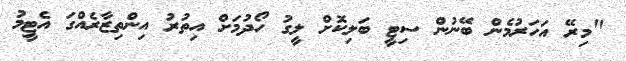
"މިރޭ އަހަރުމެން ބޭނުން ސިޓީ ބަލިކޮށް ލީގު ހޯދުމަށް އިތުރު އިންތިޒާރެއްގަ އެޓީމު